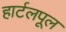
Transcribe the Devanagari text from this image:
हार्टलपूल